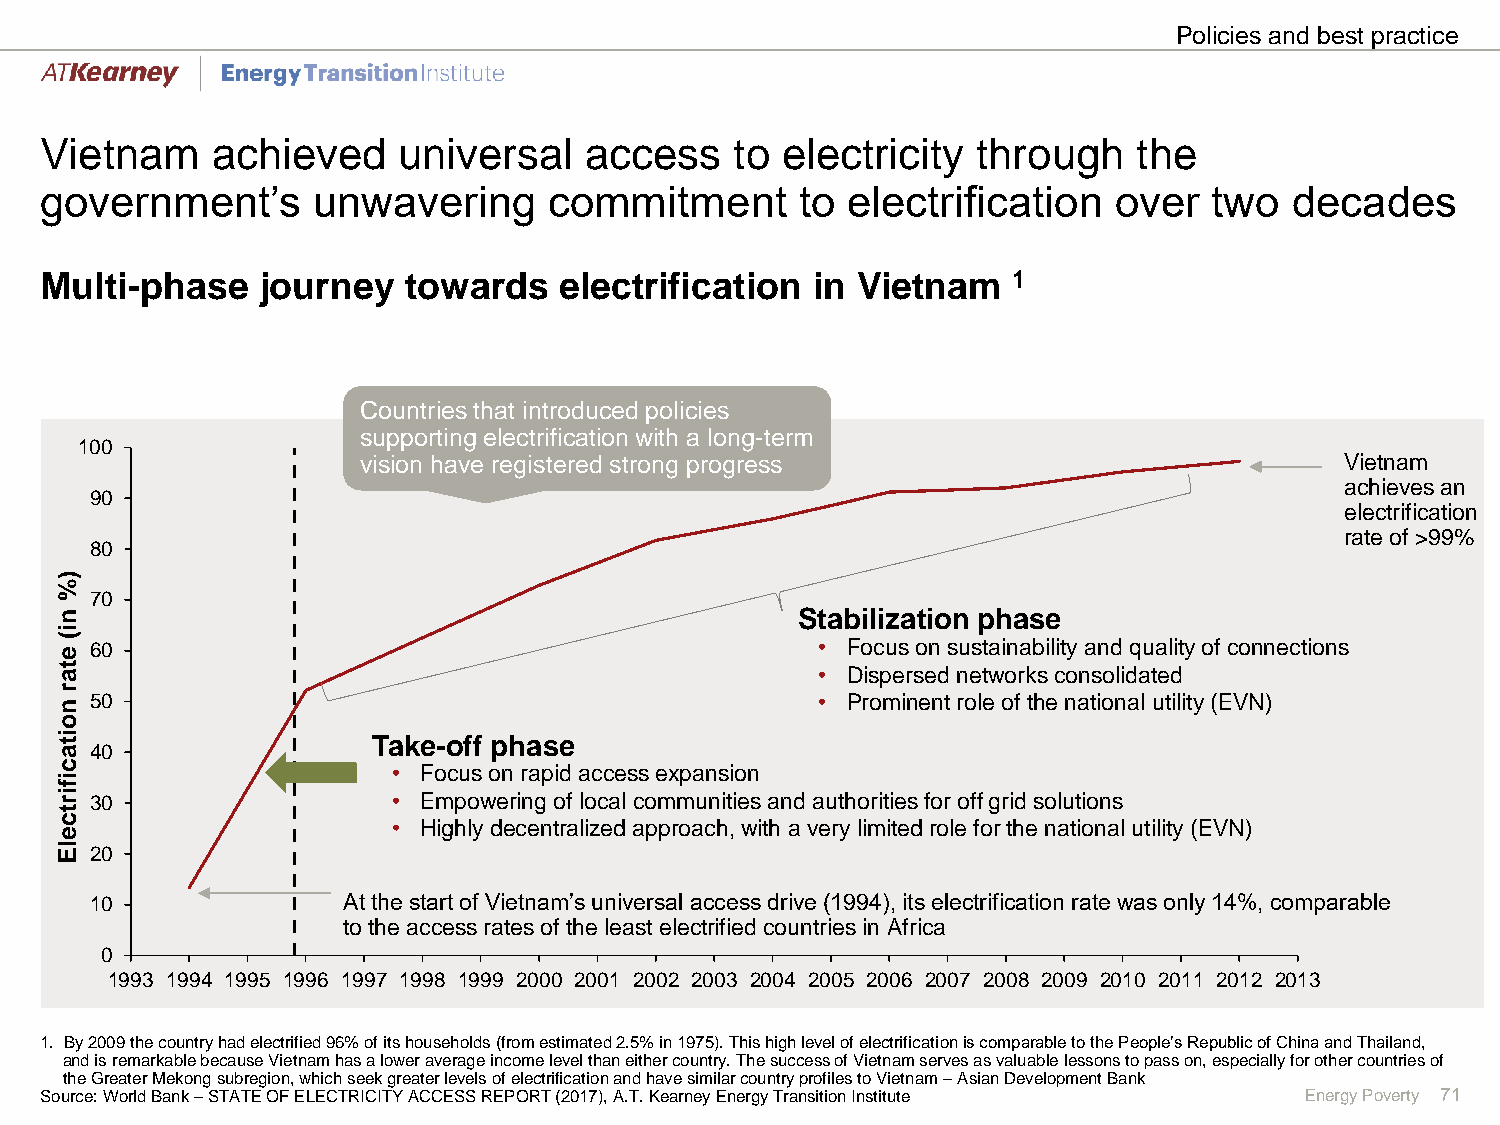
Policies and best practice
 Vietnam    achieved    universal    access    to electricity  through   the
 government’s      unwavering     commitment       to electrification   over  two   decades
 Multi-phase   journey   towards   electrification  in Vietnam   1
 Countries that introduced policies
 supporting electrification with a long-term
 100
 vision have registered strong progress                           Vietnam
 achieves an
 90
 electrification
 rate of >99%
 80
 )
 %
 70
 n                                                Stabilization phase
 i
 (
 e 60                                              • Focus on sustainability and quality of connections
 t a                                               • Dispersed networks consolidated
 r
 n 50                                              • Prominent role of the national utility (EVN)
 o
 i t                  Take-off phase
 a 40
 c                     • Focus on rapid access expansion
 i
 f
 i r 30                • Empowering of local communities and authorities for off grid solutions
 t
 c                     • Highly decentralized approach, with a very limited role for the national utility (EVN)
 e
 l E 20
 10               At the start of Vietnam’s universal access drive (1994), its electrification rate was only 14%, comparable
 to the access rates of the least electrified countries in Africa
 0
 1993 1994 1995 1996 1997 1998 1999 2000 2001 2002 2003 2004 2005 2006 2007 2008 2009 2010 2011 2012 2013
 1. By 2009 the country had electrified 96% of its households (from estimated 2.5% in 1975). This high level of electrification is comparable to the People’s Republic of China and Thailand,
 and is remarkable because Vietnam has a lower average income level than either country. The success of Vietnam serves as valuable lessons to pass on, especially for other countries of
 the Greater Mekong subregion, which seek greater levels of electrification and have similar country profiles to Vietnam –Asian Development Bank
 Source: World Bank –STATE OF ELECTRICITY ACCESS REPORT (2017), A.T.Kearney Energy Transition Institute Energy Poverty 71